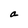
Character: a